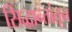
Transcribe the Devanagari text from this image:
सिद्धान्तांतून